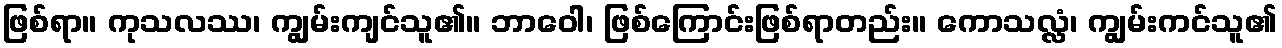
ဖြစ်ရာ။ ကုသလဿ၊ ကျွမ်းကျင်သူ၏။ ဘာဝေါ၊ ဖြစ်ကြောင်းဖြစ်ရာတည်း။ ကောသလ္လံ၊ ကျွမ်းကင်သူ၏